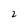
Character: 2